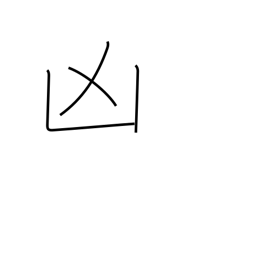
Meaning: disaster